Vaccination North-Western Provinces 1866-1877 - 1866-1877
Year: 1866
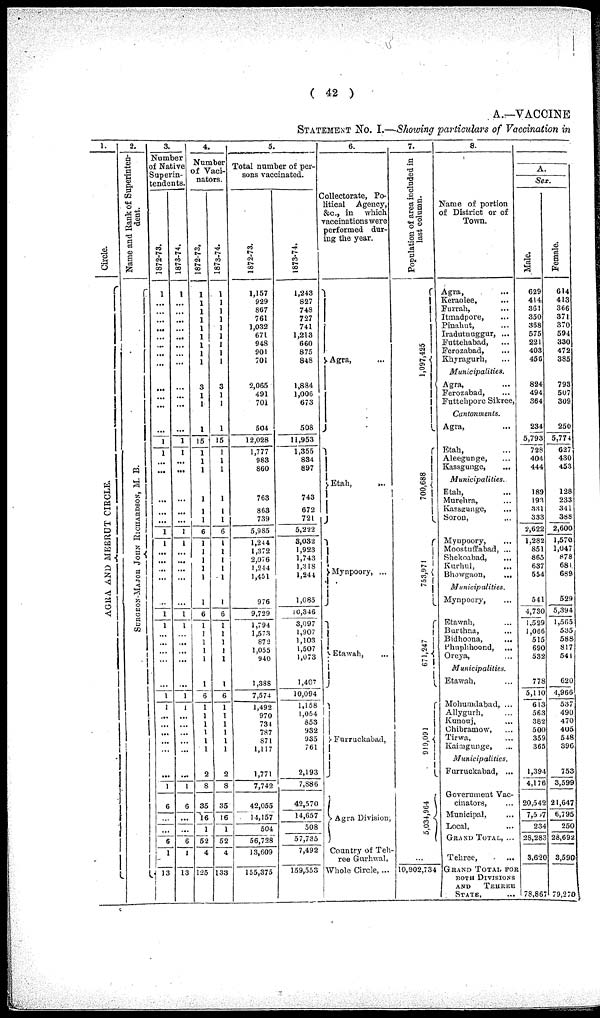
( 42 )
A.—VACCINE
STATEMENT No. I.—Showing particulars of Vaccination in
1.
Circle.
AGRA AND MEERUT CI RCLE.
2.
Name and Bank of Superinten-
dent.
S
UR GE ON-MAJOR J
OHN RICHARDS ON, M. B.
3.
Number
of Native
Superin-
tendents.
1872-73.
1
...
...
...
...
...
...
...
...
...
...
...
...
1
1
...
...
...
...
...
1
1
...
...
...
...
...
1
1
...
...
...
...
...
1
1
... ...
...
...
...
...
1
6
...
...
6
1
13
1873-74.
1
...
...
...
...
...
...
...
...
...
...
...
...
1
1
...
...
...
...
...
1
1
...
...
...
...
...
1
1
...
...
...
...
...
1
1
...
...
...
...
...
...
1
6
...
...
6
1
13
4.
Number
of Vaci-
nators.
1872-73.
1
1
1
1
1
1
1
1
1
3
1
1
1
15
1
1
1
1
1
1
6
1
1
1
1
1
1
6
1
1
1
1
1
1
6
1
1
1
1
1
1
2
8
35
16
1
52
4
125
1873-74.
1
1
1
1
1
1
1
1
1
3
1
1
1
15
1
1
1
1
1
1
6
1
1
1
1
1
1
6
1
1
1
1
1
1
6
1
1
1
1
1
1
2
8
35
16
1
52
4
133
5.
Total number of per-
sons vaccinated.
1872-73.
1,157
929
867
761
1,032
671
948
901
701
2,065
491
701
504
12,028
1,777
983
860
763
863
739
5,985
1,244
1,372
2,076
1,244
1,451
976
9,729
1,794
1,573
872
1,055
940
1,388
7,574
1,492
970
734
787
871
1,117
1,771
7,742
42,055
14,157
504
56,728
13,609
155,375
1873-74.
1,243
827
748
727
741
1,213
660
875
848
1,884
1,006
673
508
11,953
1,355
884
897
743
672
721
5,222
3,032
1,923
1,743
1,318
1,244
1,085
10,346
3,097
1,907
1,103
1,507
1,073
1,407
10,094
1,158
1,054
853
932
935
761
2,193
7,886
42,570
14,657
508
57,735
7,492
159,553
6.
Collectorate, Po-
litical Agency,
&c, in which
vaccinations were
performed dur-
ing the year.
Agra, ...
Etah,
...
Mynpoory, ...
Etawah, ...
Furruckabad,
Agra Division,
Country of Teh-
ree Gurhwal,
Whole Circle, ...
7.
Population of area included in
last column.
1,097,425
700, 688
753,971
671,247
919, 091
5,034,964
...
10,002,734
8.
Name of portion
of District or of
Town.
Agra, ...
Keraolee, ...
Furrah, ...
Itmadpore, ...
Pinahut, ...
Iradutnuggur, ...
Futtehabad, ...
Ferozabad, ...
Khyragurh, ...
Municipalities.
Agra, ...
Ferozabad, ...
Futtehpore Sikree,
Cantonments.
Agra, ...
Etah, ...
Aleegunge, ...
Kassgunge, ...
Municipalities.
Etah, ...
Murehra, ...
Kassgunge, ...
Soron, ...
Mynpoory, ...
Moostuffabad, ...
Shekoabad, ...
Kurhul, ...
Bhowgaon,
...
Municipalities.
Mynpoory, ...
Etawah, ...
Burthna, ...
Bidhoona, ...
Phophoond, ...
Oreya, ...
Municipalities.
Etawah, ...
Mohumdabad, ...
Allygurh, ...
Kunouj, ...
Chibramow, ...
Tirwa, ...
Kaiægunge, ...
Municipalities.
Furruckabad, ...
Government Vac-
cinators, ...
Municipal, ...
Local, ...
GRAND TOTAL, ...
Tehree,
...
GRAND TOTAL FOR
BOTH DIVISIONS
AND TEHREE
STATE, ...
A.
Sex.
Male.
629
414
361
350
368
575
221
403
456
824
494
364
234
5,793
728
404
444
189
193
331
333
2,622
1,282
851
865
637
554
541
4,730
1,529
1,066
515
690
532
778
5,110
613
563
382
500
359
365
1,394
4,176
20,542
7,5,7
234
28,283
3,620
78,867
Female.
614
413
366
371
370
594
330
472
385
793
507
309
250
5,774
627
430
453
128
233
341
388
2,600
1,570
1,047
878
681
689
529
5,394
1,565
535
588
817
541
620
4,966
537
490
470
405
548
396
753
3,599
21,647
6,795
250
28,692
3,590
79,270